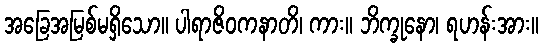
အခြေအမြစ်မရှိသော။ ပါရာဇိဝကနာတိ၊ ကား။ ဘိက္ခုနော၊ ရဟန်းအား။